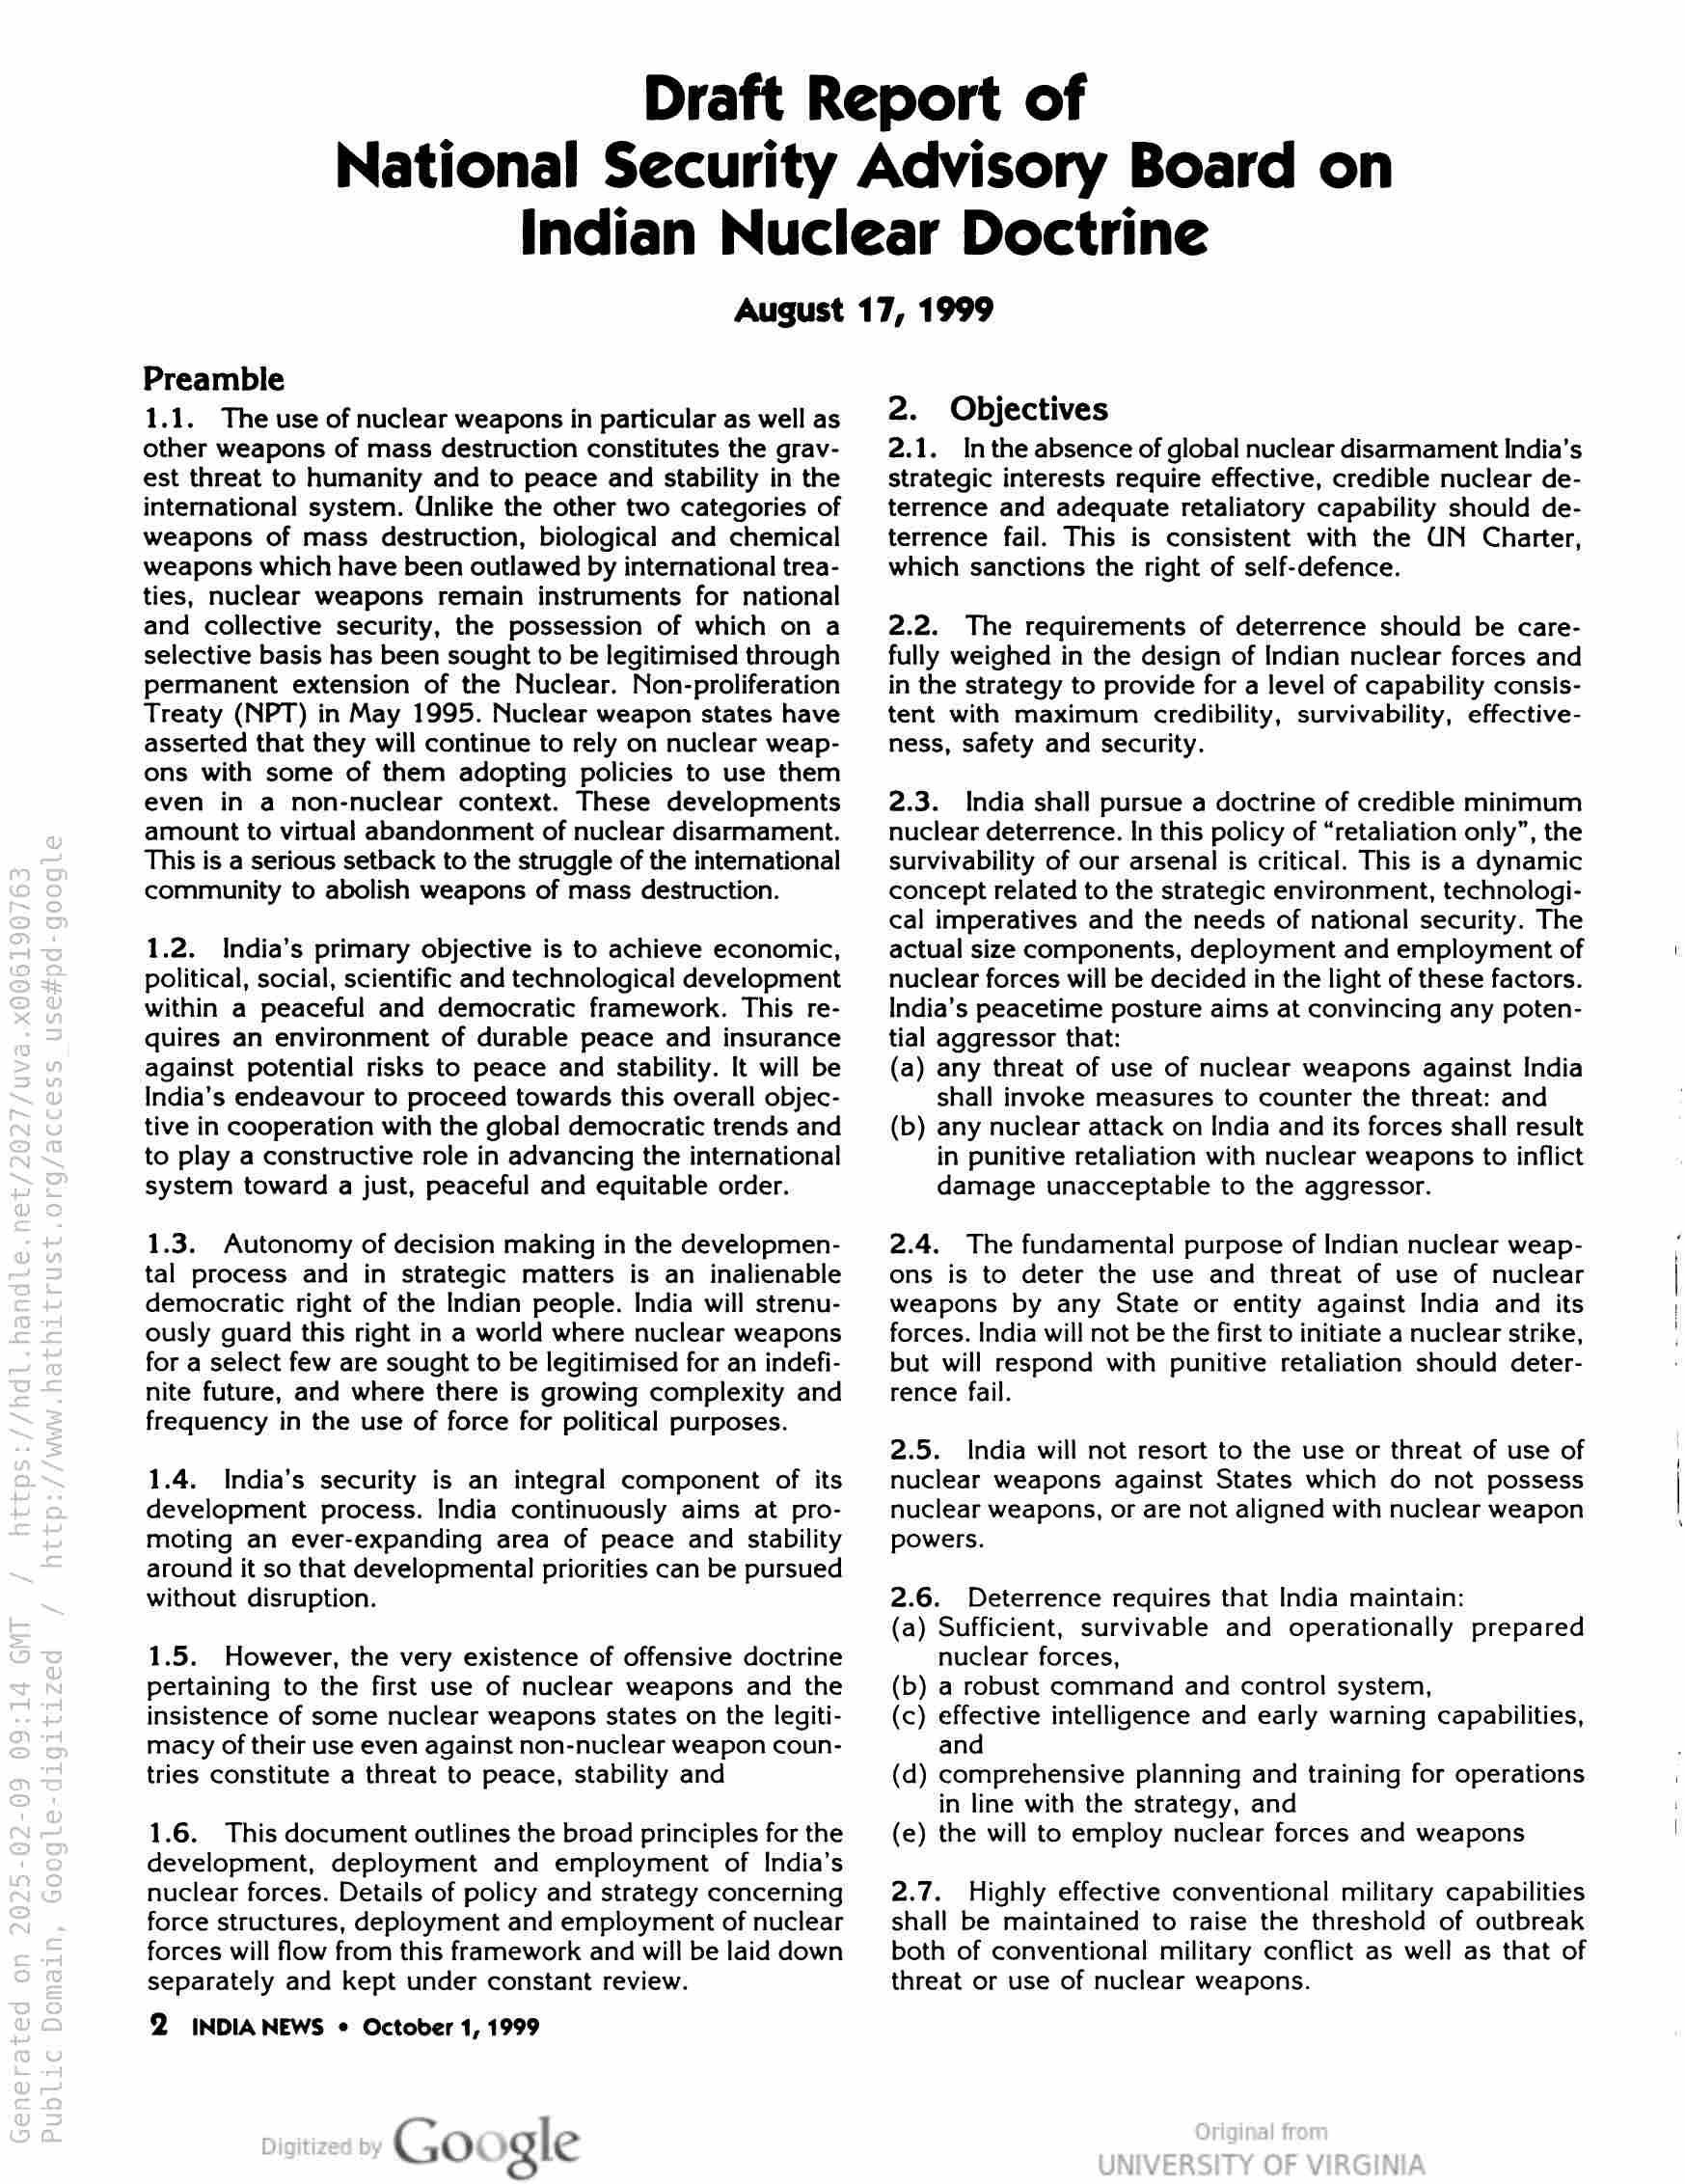
Draft Report of
National Security Advisory Board on
Indian Nuclear Doctrine
August 17, 1999

Preamble

1.1. The use of nuclear weapons in particular as well as
other weapons of mass destruction constitutes the grav-
est threat to humanity and to peace and stability in the
international system. Unlike the other two categories of
weapons of mass destruction, biological and chemical
weapons which have been outlawed by international trea-
ties, nuclear weapons remain instruments for national
and collective security, the possession of which on a
selective basis has been sought to be legitimised through
permanent extension of the Nuclear. Non-proliferation
Treaty (NPT) in May 1995. Nuclear weapon states have
asserted that they will continue to rely on nuclear weap-
ons with some of them adopting policies to use them
even in a non-nuclear context. These developments
amount to virtual abandonment of nuclear disarmament.
This is a serious setback to the struggle of the international
community to abolish weapons of mass destruction.

1.2. India’s primary objective is to achieve economic,
political, social, scientific and technological development
within a peaceful and democratic framework. This re-
quires an environment of durable peace and insurance
against potential risks to peace and stability. It will be
India’s endeavour to proceed towards this overall objec-
tive in cooperation with the global democratic trends and
to play a constructive role in advancing the international
system toward a just, peaceful and equitable order.

1.3. Autonomy of decision making in the developmen-
tal process and in strategic matters is an inalienable
democratic right of the Indian people. India will strenu-
ously guard this right in a world where nuclear weapons
for a select few are sought to be legitimised for an indefi-
nite future, and where there is growing complexity and
frequency in the use of force for political purposes.

1.4. India’s security is an integral component of its
development process. India continuously aims at pro-
moting an ever-expanding area of peace and stability
around it so that developmental priorities can be pursued
without disruption.

1.5. However, the very existence of offensive doctrine
pertaining to the first use of nuclear weapons and the
insistence of some nuclear weapons states on the legiti-
macy of their use even against non-nuclear weapon coun-
tries constitute a threat to peace, stability and

1.6. This document outlines the broad principles for the
development, deployment and employment of India’s
nuclear forces. Details of policy and strategy concerning
force structures, deployment and employment of nuclear
forces will flow from this framework and will be laid down
separately and kept under constant review.

2 INDIANEWS © October 1, 1999

Google

2. Objectives

2.1. Inthe absence of global nuclear disarmament India’s
strategic interests require effective, credible nuclear de-
terrence and adequate retaliatory capability should de-
terrence fail. This is consistent with the UN Charter,
which sanctions the right of self-defence.

2.2. The requirements of deterrence should be care-
fully weighed in the design of Indian nuclear forces and
in the strategy to provide for a level of capability consis-
tent with maximum credibility, survivability, effective-
ness, safety and security.

2.3. India shall pursue a doctrine of credible minimum
nuclear deterrence. In this policy of “retaliation only”, the
survivability of our arsenal is critical. This is a dynamic
concept related to the strategic environment, technologi-
cal imperatives and the needs of national security. The
actual size components, deployment and employment of
nuclear forces will be decided in the light of these factors.
India’s peacetime posture aims at convincing any poten-
tial aggressor that:
(a) any threat of use of nuclear weapons against India
shall invoke measures to counter the threat: and
(b) any nuclear attack on India and its forces shall result
in punitive retaliation with nuclear weapons to inflict
damage unacceptable to the aggressor.

2.4. The fundamental purpose of Indian nuclear weap-
ons is to deter the use and threat of use of nuclear
weapons by any State or entity against India and its
forces. India will not be the first to initiate a nuclear strike,
but will respond with punitive retaliation should deter-
rence fail.

2.5. India will not resort to the use or threat of use of
nuclear weapons against States which do not possess
nuclear weapons, or are not aligned with nuclear weapon
powers.

2.6. Deterrence requires that India maintain:

(a) Sufficient, survivable and operationally prepared
nuclear forces,

(b) a robust command and control system,

(c) effective intelligence and early warning capabilities,
and

(d) comprehensive planning and training for operations
in line with the strategy, and

(e) the will to employ nuclear forces and weapons

2.7. Highly effective conventional military capabilities
shall be maintained to raise the threshold of outbreak
both of conventional military conflict as well as that of
threat or use of nuclear weapons.